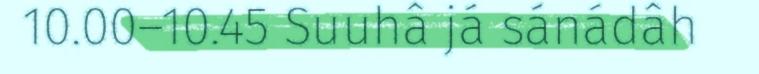
10.00–10.45 Suuhâ já sánádâh